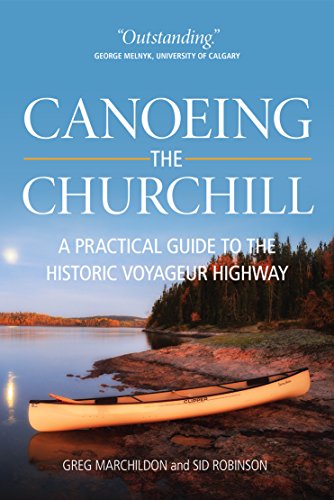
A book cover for Canoeing the Churchill: A Practical Guide to the Historic Voyageur Highway (Discover Saskatchewan); Gregory P. Marchildon; Travel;